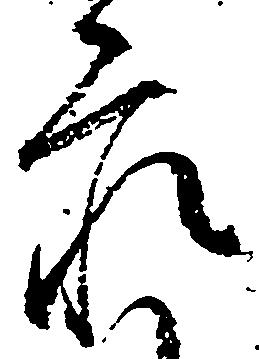
家